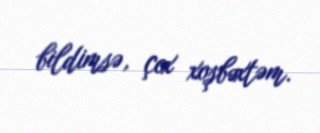
bildimsə, çox xoşbəxtəm.